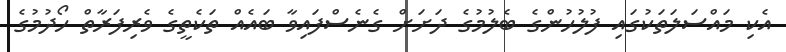
އެކި މައްސަލަތަކުގައި ފުލުހުންގެ ބެލުމުގެ ދަށަށް ގެނެސްފައިވާ ބައެއް ތަކެތީގެ ވެރިފަރާތް ހޯދުމުގެ